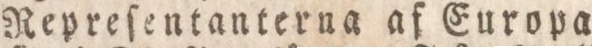
Repreſentanterna af Europa